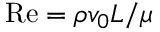
\mathrm { R e } = \rho v _ { 0 } L / \mu